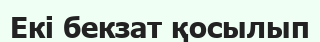
Екі бекзат қосылып